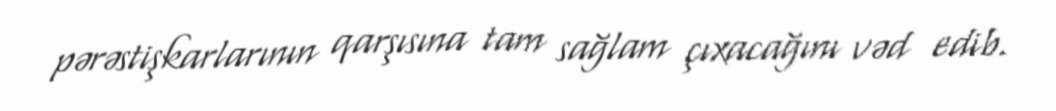
pərəstişkarlarının qarşısına tam sağlam çıxacağını vəd edib.